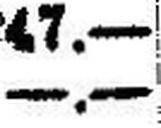
—.—